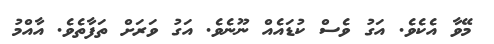
މޭވާ އެކެވެ. އަގު ވެސް ކުޑައެއް ނޫނެވެ. އަގު ވަރަށް ތަފާތެވެ. އާއްމު